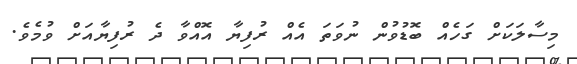
މިސާލަކަށް ގަހެއް ބޮޑުވުން ނުވަތަ އެއް ރުފިޔާ އޮއްވާ ދެ ރުފިޔާއަށް ވުމެވެ.